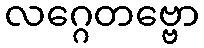
လဂ္ဂေတဗ္ဗော